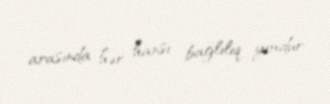
arasında hər hansı bağlılıq yoxdur.